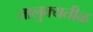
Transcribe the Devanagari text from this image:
तालुक्यतीळ